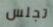
تجلس